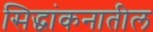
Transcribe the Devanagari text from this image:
सिद्धांकनातील